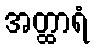
အတ္ထာရံ